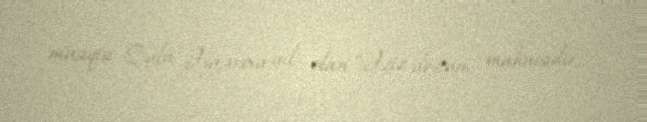
musiqisi Qulu Əsgərova ail olan “Əziz dostum” mahnısıdır.